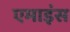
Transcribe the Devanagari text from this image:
एमाइंस